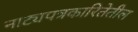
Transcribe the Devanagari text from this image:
नाट्यपत्रकारितेतील